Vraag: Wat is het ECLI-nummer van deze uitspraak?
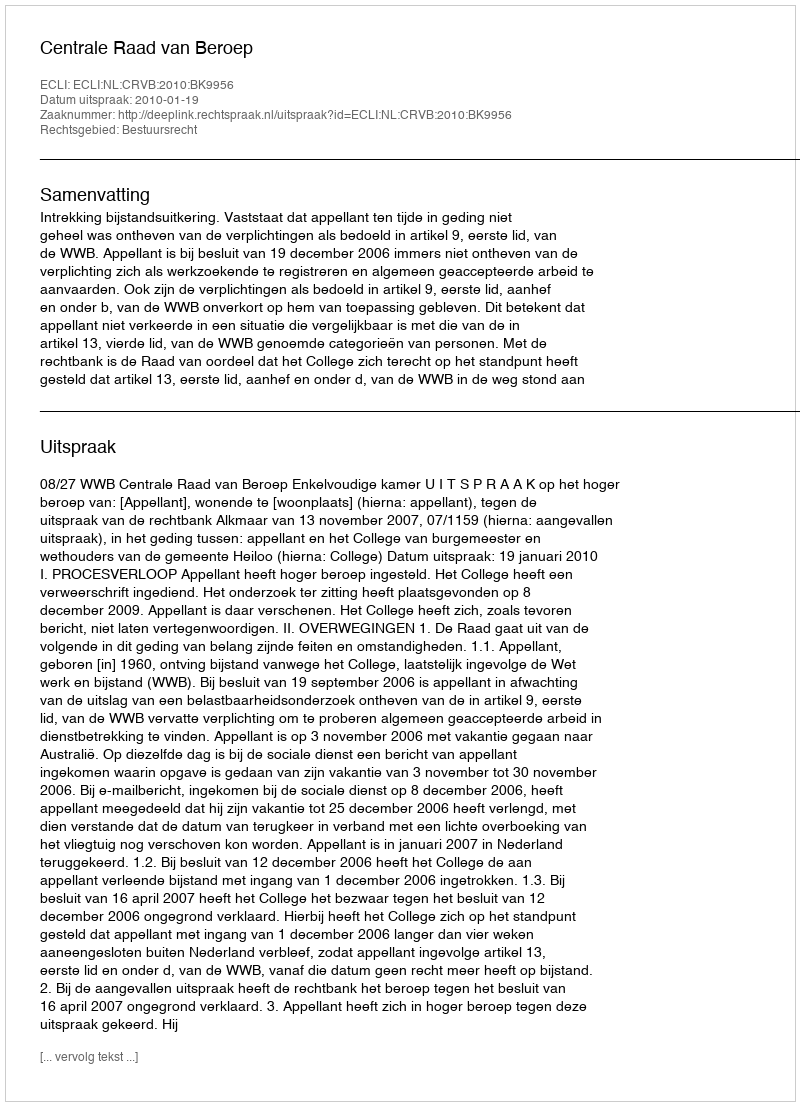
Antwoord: ECLI:NL:CRVB:2010:BK9956